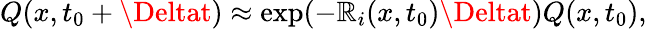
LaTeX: Q(x,t_{0}+\Deltat)\approx\exp(-\mathbb{R}_{i}(x,t_{0})\Deltat)Q(x,t_{0}),